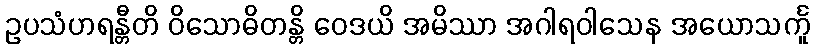
ဥပသံဟရန္တီတိ ဝိသောဓိတန္တိ ဝေဒယိ အမိဿာ အဂါရဝါသေန အယောသင်္ကူ